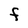
Character: F